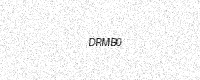
Text: DRMB0